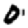
Digit: 0